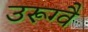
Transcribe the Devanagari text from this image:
उरूग्वै